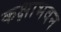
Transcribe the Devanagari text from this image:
कक्षाभवन